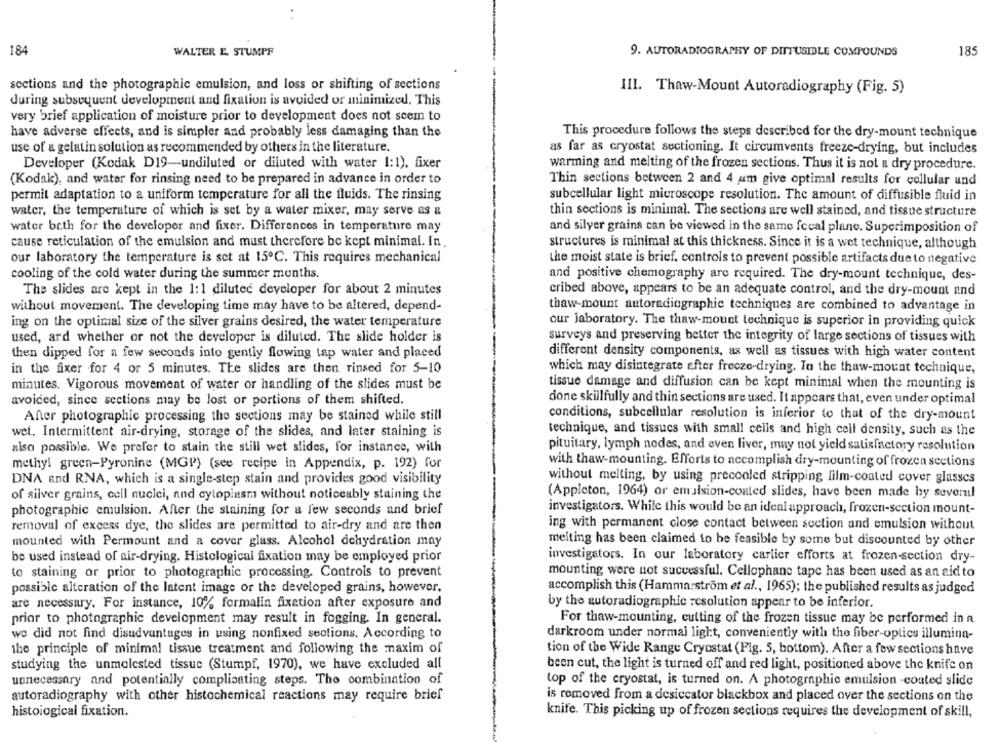
..
184
WALTER E. STUMPF
9. AUTORADIOGRAPHY OF DITTUSIDLE COMPOUNDS
185
sections and the photographic emulsion, and loss or shifting of sections
III. Thaw-Mount Autoradiography (Fig. 5)
during subsequent development and fixation is avoided or minimized. This
very brief application of moisture prior to development does not seem to
have adverse effects, and is simpler and probably less damaging than the
This procedure follows the steps described for the dry-mount technique
use of a gelatin solution as recommended by others in the literature.
as far as cryostat sectioning. It circumvents freeze-drying, but includes
Developer (Kodak D19-undiluted or diluted with water 1:1), fixer
warming and melting of the frozen sections. Thus it is not a dry procedure.
(Kodak), and water for rinsing need to be prepared in advance in order to
Thin sections between 2 and 4 um give optimal results for cellular und
permit adaptation to a uniform temperature for all the fluids. The rinsing
subcellular light microscope resolution. The amount of diffusible fluid in
water, the temperature of which is set by a water mixer, may serve as &
thin sections is minimal. The sections are well stained, and tissue structure
water beth for the developer and fixer. Differences in temperature may
and silver grains can be viewed in the same fecal plane. Superimposition of
cause reticulation of the emulsion and must therefore be kept minimal. In,
structures is minimal at this thickness. Since it is a wet technique, although
our laboratory the temperature is set at 15℃. This requires mechanical
the moist state is brief, controls to prevent possible artifacts due to negative
cooling of the cold water during the summer months.
and positive chemography are required. The dry-mount technique, des-
The slides are kept in the 1:1 diluted developer for about 2 minutes
cribed above, appears to be an adequate control, and the dry-mount and
without movement. The developing time may have to be altered, depend-
thaw-mount autoradiographic techniques are combined to advantage in
ing on the optimal size of the silver grains desired, the water temperature
our laboratory. The thaw-mount technique is superior in providing quick
used, ard whether or not the developer is diluted. The slide holder is
surveys and preserving better the integrity of large sections of tissues with
then dipped for a few seconds into gently flowing tap water and placed
different density components, as well as tissues with high water content
in the fixer for 4 or 5 minutes. The slides are then rinsed for 5-10
which may disintegrate after frecze-drying. In the thaw-mount technique,
minutes. Vigorous movement of water or handling of the slides must be
tissue damage and diffusion can be kept minimal when the mounting is
done skillfully and thin sections are used. It appears that, even under optimal
avoided, since sections may be lost or portions of them shifted.
After photographic processing the sections may be stained while still
conditions, subcellular resolution is inferior to that of the dry-mount
wet. Intermittent air-drying, storage of the slides, and later staining is
technique, and tissucs with small cells and high cell density, such as the
also possible. We prefer to stain the still wet slides, for instance, with
pituitary, lymph nodes, and even liver, may not yield satisfactory resolution
methyl green-Pyronine (MGP) (see recipe in Appendix, p. 192) for
with thaw-mounting. Efforts to accomplish dry-mounting of frozen sections
DNA and RNA, which is a single-step stain and provides good visibility
without melting, by using precooled stripping film-coated cover glasses
of silver grains, cell nuclei, and cytoplasm without noticeably staining the
(Appleton, 1964) or emulsion-coated slides, have been made by several
photographic emulsion. After the staining for a few seconds and brief
investigators. While this would be an ideal approach, frozen-section mount-
removal of excess dye, the slides are permitted to air-dry and are then
ing with permanent close contact between section and emulsion without
mounted with Permount and a cover glass. Alcohol dehydration may
melting has been claimed to be feasible by some but discounted by other
be used instead of air-drying. Histological fixation may be employed prior
investigators. In our laboratory carlier efforts at frozen-section dry-
to staining or prior to photographic processing. Controls to prevent
mounting were not successful. Cellophane tape has been used as an aid to
possible alteration of the latent image or the developed grains, however.
accomplish this (Hammarstrom et al ., 1965); the published results as judged
are necessary. For instance, 10% formalin fixation after exposure and
by the autoradiographic resolution appear to be inferior.
prior to photographic development may result in fogging. In general.
For thaw-mounting, cutting of the frozen tissue may be performed in a
we did not find disadvantages in using nonfixed sections. According to
darkroom under normal light, conveniently with the fiber-optics illumina-
the principle of minimal tissue treatment and following the maxim of
tion of the Wide Range Cryostat (Fig. 5, bottom). After a few sections have
studying the unmolested tissue (Stumpf, 1970), we have excluded all
been cut, the light is turned off and red light, positioned above the knife on
unnecessary and potentially complicating steps. The combination of
top of the cryostat, is turned on. A photographic emulsion -coated slide
autoradiography with other histochemical reactions may require brief
is removed from a desiccator blackbox and placed over the sections on the
histological fixation.
knife. This picking up of frozen sections requires the development of skill,